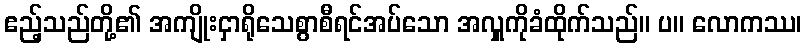
ဧည့်သည်တို့၏ အကျိုးငှာရိုသေစွာစီရင်အပ်သော အလှူကိုခံထိုက်သည်။ ပ။ လောကဿ၊